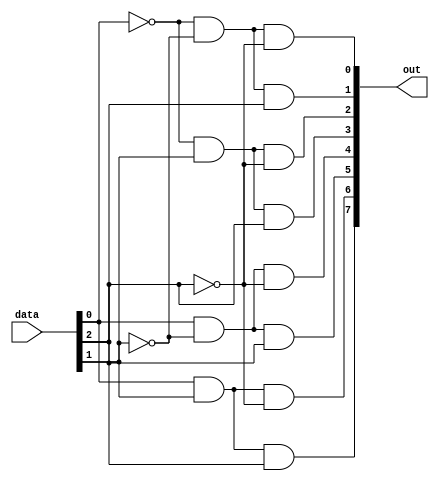
module theDecoder(
	input [2:0]data,
	output [7:0]out
	);
	
assign out[0] = (~data[0]&~data[1]&~data[2]);
assign out[1] = (~data[0]&~data[1]&data[2]);
assign out[2] = (~data[0]&data[1]&~data[2]);
assign out[3] = (~data[0]&data[1]&data[2]);
assign out[4] = (data[0]&~data[1]&~data[2]);
assign out[5] = (data[0]&~data[1]&data[2]);
assign out[6] = (data[0]&data[1]&~data[2]);
assign out[7] = (data[0]&data[1]&data[2]);

endmodule